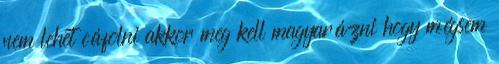
nem lehet cáfolni akkor meg kell magyarázni hogy mégsem